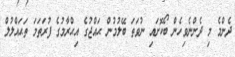
ދެންމެ މި ދެންނެވިހެން ބޯކޮށައި ނުވަތަ ބޭލުމުން ޙައްޖުގެ އިޙްރާމުގެ ފުރަތަމަ ތަޙައްލުލް